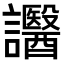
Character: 𧮒